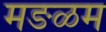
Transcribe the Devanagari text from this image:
मङळम